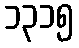
၁၃၁၅